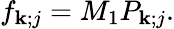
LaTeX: f_{\mathbf{k};j}=M_{1}P_{\mathbf{k};j}.